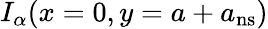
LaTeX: I_{\alpha}(x=0,y=a+a_{\mathrm{ns}})